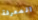
المعرفة